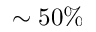
\sim 5 0 \%